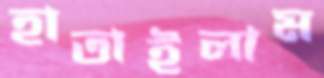
হাতাইলাম